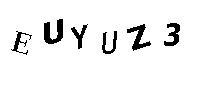
EUYUZ3